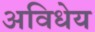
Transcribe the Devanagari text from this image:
अविधेय